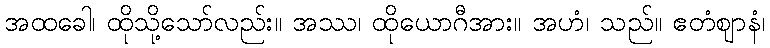
အထခေါ၊ ထိုသို့သော်လည်း။ အဿ၊ ထိုယောဂီအား။ အဟံ၊ သည်။ ဧတံဈာနံ၊